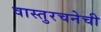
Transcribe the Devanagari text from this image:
वास्तुरचनेची